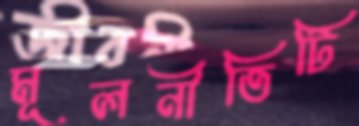
মূলনীতিটি